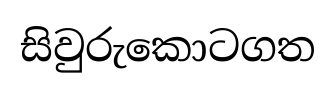
සිවුරුකොටගත